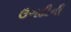
ઉગડીની